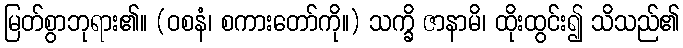
မြတ်စွာဘုရား၏။ (ဝစနံ၊ စကားတော်ကို။) သက္ခိ ဇာနာမိ၊ ထိုးထွင်း၍ သိသည်၏